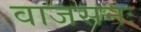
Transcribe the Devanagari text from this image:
वाजसनः